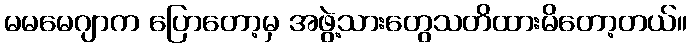
မမမေဂျာက ပြောတော့မှ အဖွဲ့သားတွေသတိထားမိတော့တယ်။